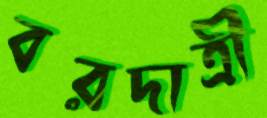
বরদাত্রী